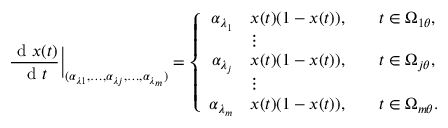
\frac { \textrm { d } x ( t ) } { \textrm { d } t } \bigg | _ { ( \alpha _ { \lambda 1 } , \dots , \alpha _ { \lambda j } , \dots , \alpha _ { \lambda _ { m } } ) } = \left\{ \begin{array} { r l r l } { \alpha _ { \lambda _ { 1 } } } & { x ( t ) ( 1 - x ( t ) ) , } & & { t \in \Omega _ { 1 \theta } , } \\ & { \vdots } & \\ { \alpha _ { \lambda _ { j } } } & { x ( t ) ( 1 - x ( t ) ) , } & & { t \in \Omega _ { j \theta } , } \\ & { \vdots } & \\ { \alpha _ { \lambda _ { m } } } & { x ( t ) ( 1 - x ( t ) ) , } & & { t \in \Omega _ { m \theta } . } \end{array} \right.